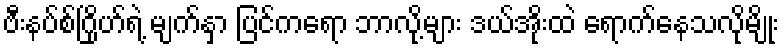
ဗီးနပ်စ်ဂြိုဟ်ရဲ့ မျက်နှာ ပြင်ကရော ဘာလို့များ ဒယ်အိုးထဲ ရောက်နေသလိုမျိုး